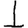
Digit: 1